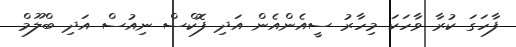
ފާހަގަ ކުރާ ވާހަކަ މިހާރު ސީއެންއެން އަދި ފޮކްސް ނިއުސް އަދި ބްލޫމް